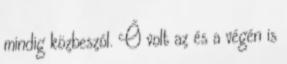
mindig közbeszól. Ő volt az és a végén is